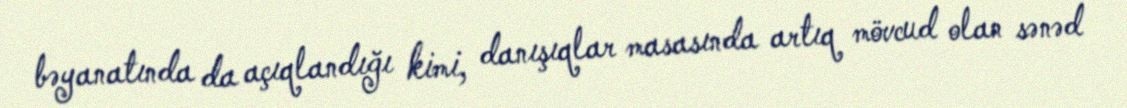
bəyanatında da açıqlandığı kimi, danışıqlar masasında artıq mövcud olan sənəd